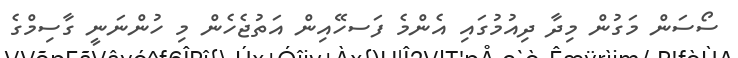
ސޯސަން މަގުން މިދާ ދިއުމުގައި އެންމެ ފަސހޭއިން އަތުޖެހެން މި ހުންނަނީ ގާސިމްގެ